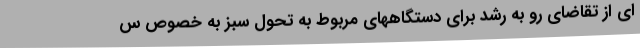
ای از تقاضای رو به رشد برای دستگاههای مربوط به تحول سبز به خصوص س